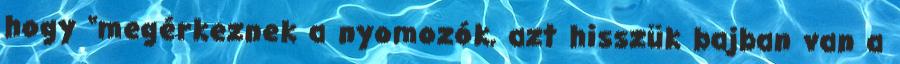
hogy “megérkeznek a nyomozók, azt hisszük bajban van a